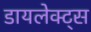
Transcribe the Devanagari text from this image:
डायलेक्ट्स